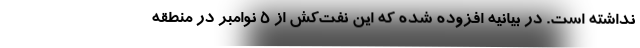
نداشته است. در بیانیه افزوده شده که این نفت‌کش از ۵ نوامبر در منطقه